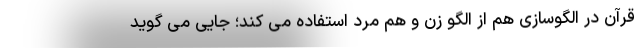
قرآن در الگوسازی هم از الگو زن و هم مرد استفاده می کند؛ جایی می گوید